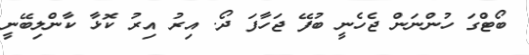
ބޯޓްގަ ހުންނަން ޖެހެނީ ބުފޭ ޖަހާފަ ދޯ. އިރު އިރު ކޮޅާ ކާންލިބޭނީ